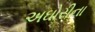
અઘોરીના